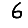
Digit: 6